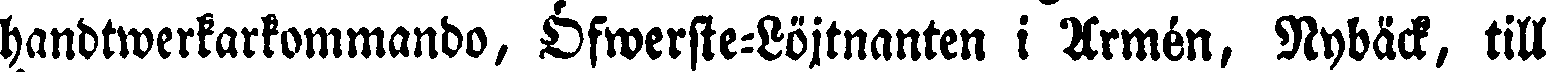
handtwerkarkommando, öfwerste-Löjtnanten i Armén, Nybäck, till